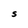
Character: S